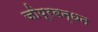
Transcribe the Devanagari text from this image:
जोप्रबन्धन